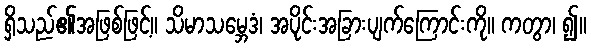
ရှိသည်၏အဖြစ်ဖြင့်။ သိမာသမ္ဘေဒံ၊ အပိုင်းအခြားပျက်ကြောင်းကို။ ကတွာ၊ ၍။